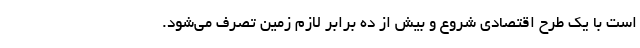
است با یک طرح اقتصادی شروع و بیش از ده برابر لازم زمین تصرف می‌شود.